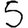
Digit: 5